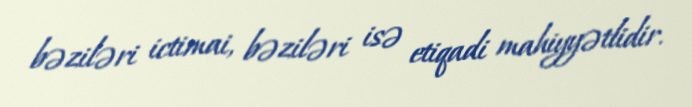
bəziləri ictimai, bəziləri isə etiqadi mahiyyətlidir.